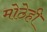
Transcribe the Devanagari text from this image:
मोठेही